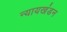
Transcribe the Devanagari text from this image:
न्यायखंडन